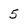
Character: 5